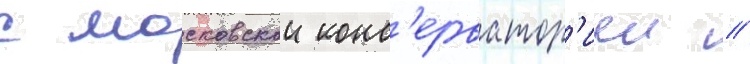
с московскои конс'ерватор'иеи //